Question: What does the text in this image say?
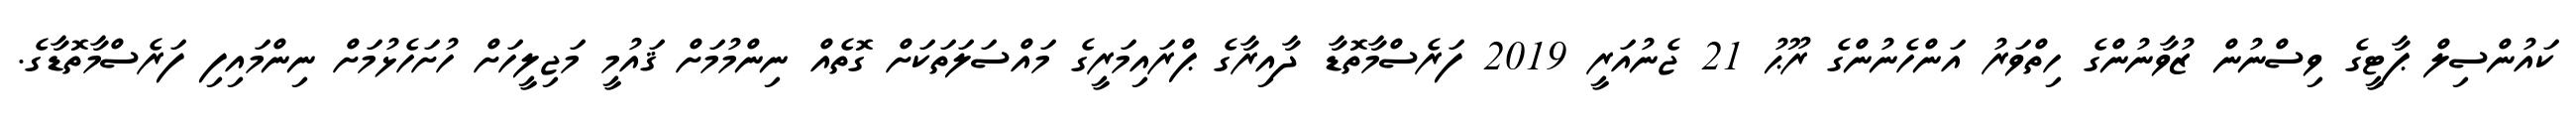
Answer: ކައުންސިލް ޕާޓީގެ ވިސްނުން ޒުވާނުންގެ ހިތްވަރު އަންހެނުންގެ ރޫޙު 21 ޖެނުއަރީ 2019 ފަރެސްމާތޮޑާ ދާއިރާގެ ޕްރައިމަރީގެ މައްސަލަތަކަށް ގޮތެއް ނިންމުމަށް ޤައުމީ މަޖިލީހަށް ހުށަހެޅުމަށް ނިންމައިފި ފަރެސްމާތޮޑާގެ.